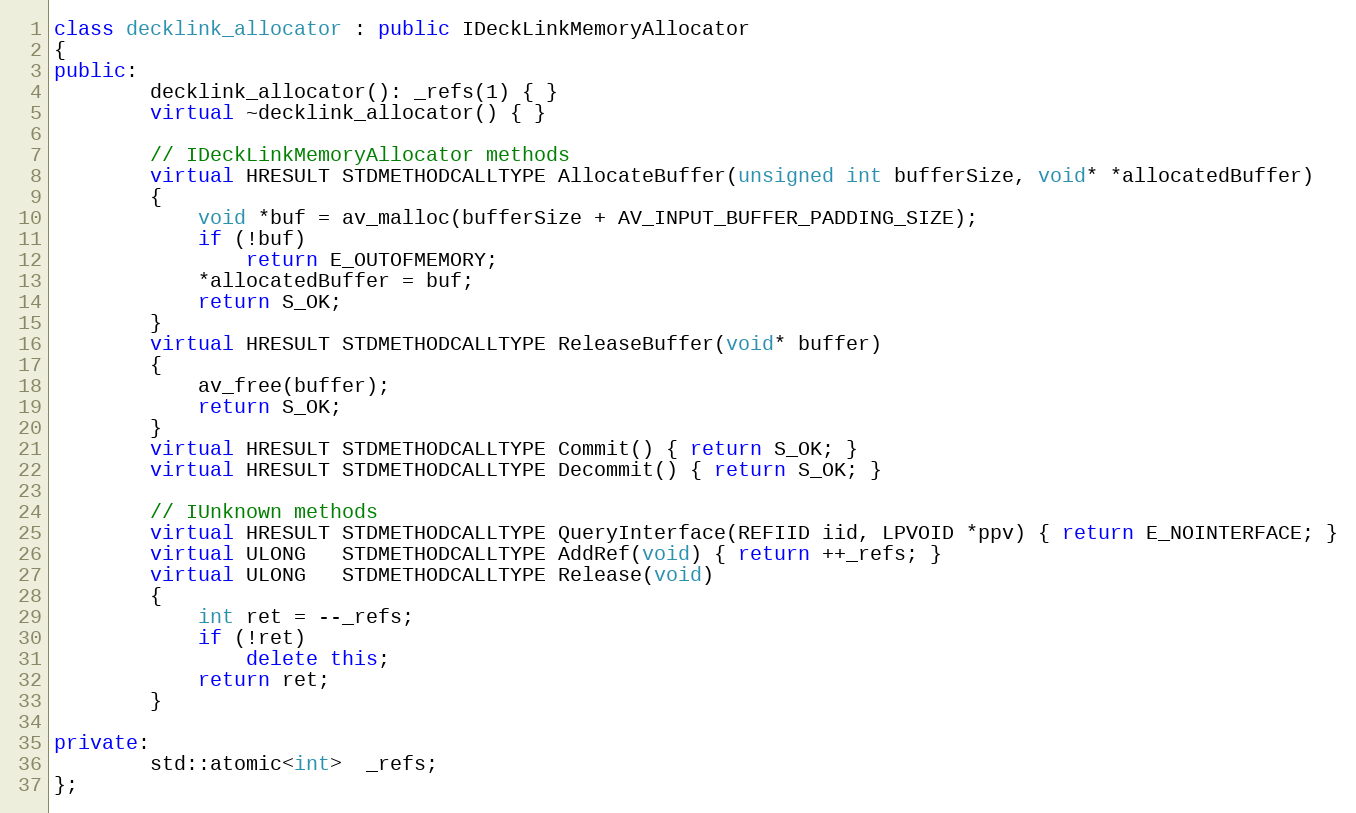
Language: C++
class decklink_allocator : public IDeckLinkMemoryAllocator
{
public:
        decklink_allocator(): _refs(1) { }
        virtual ~decklink_allocator() { }

        // IDeckLinkMemoryAllocator methods
        virtual HRESULT STDMETHODCALLTYPE AllocateBuffer(unsigned int bufferSize, void* *allocatedBuffer)
        {
            void *buf = av_malloc(bufferSize + AV_INPUT_BUFFER_PADDING_SIZE);
            if (!buf)
                return E_OUTOFMEMORY;
            *allocatedBuffer = buf;
            return S_OK;
        }
        virtual HRESULT STDMETHODCALLTYPE ReleaseBuffer(void* buffer)
        {
            av_free(buffer);
            return S_OK;
        }
        virtual HRESULT STDMETHODCALLTYPE Commit() { return S_OK; }
        virtual HRESULT STDMETHODCALLTYPE Decommit() { return S_OK; }

        // IUnknown methods
        virtual HRESULT STDMETHODCALLTYPE QueryInterface(REFIID iid, LPVOID *ppv) { return E_NOINTERFACE; }
        virtual ULONG   STDMETHODCALLTYPE AddRef(void) { return ++_refs; }
        virtual ULONG   STDMETHODCALLTYPE Release(void)
        {
            int ret = --_refs;
            if (!ret)
                delete this;
            return ret;
        }

private:
        std::atomic<int>  _refs;
};